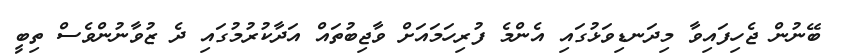
ބޭނުން ޖެހިފައިވާ މިދަނޑިވަޅުގައި އެންމެ ފުރިހަމައަށް ވާޖިބުތައް އަދާކުރުމުގައި ދެ ޒުވާނުންވެސް ތިބީ